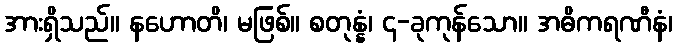
အားရှိသည်။ နဟောတိ၊ မဖြစ်။ စတုန္နံ၊ ၄-ခုကုန်သော။ အဓိကရဏီနံ၊